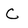
Character: C